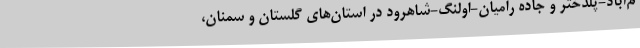
م‌آباد-پلدختر و جاده رامیان-اولنگ-شاهرود در استان‌های گلستان و سمنان،